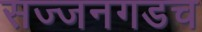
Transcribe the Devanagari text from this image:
सज्जनगडच